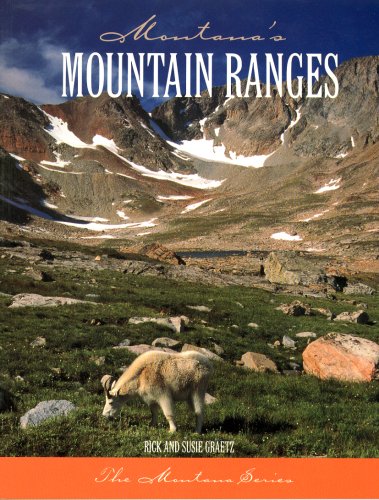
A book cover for Montana's Mountain Ranges; Rick and Susie Graetz; Travel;